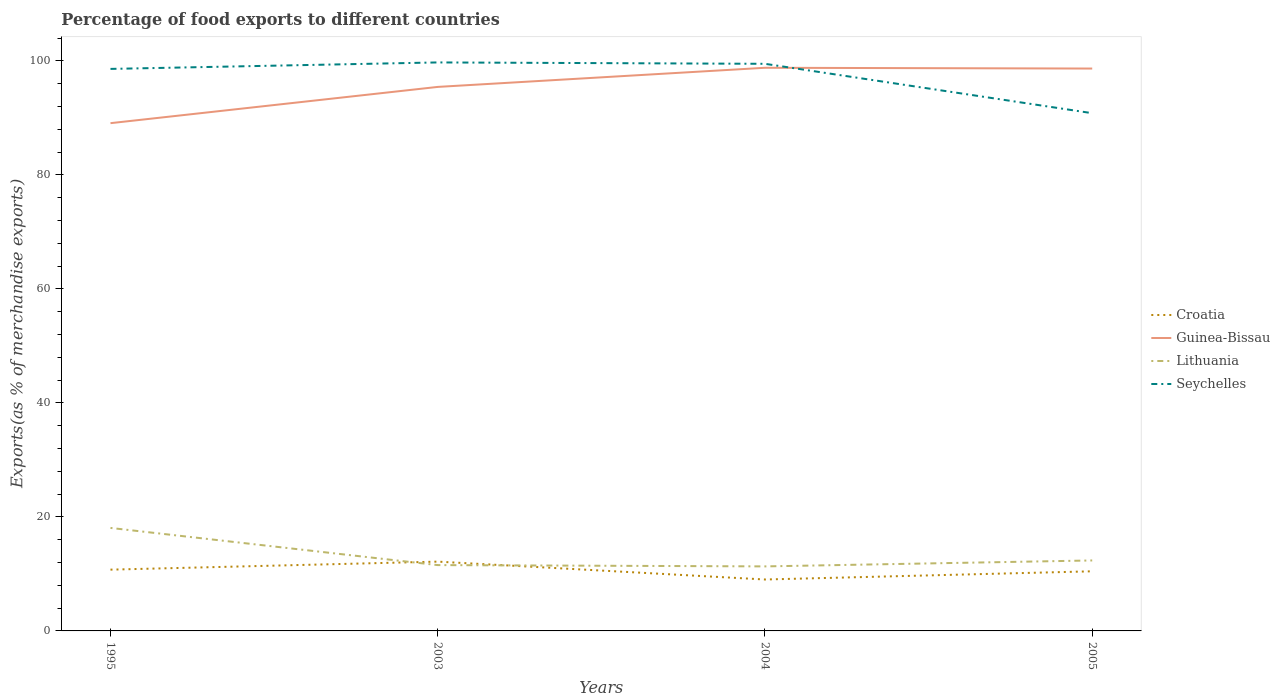
| Years | Croatia | Guinea-Bissau | Lithuania | Seychelles |
 | --- | --- | --- | --- | --- |
 | 1995 | 10.8 | 89.1 | 18.1 | 98.6 |
 | 2003 | 12.2 | 95.4 | 11.5 | 99.7 |
 | 2004 | 9.02 | 98.8 | 11.3 | 99.5 |
 | 2005 | 10.5 | 98.7 | 12.4 | 90.8 |